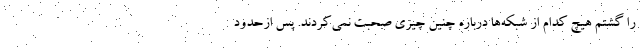
را گشتم هیچ کدام از شبکه‌ها درباره چنین چیزی صحبت نمی‌کردند. پس ازحدود